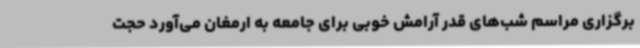
برگزاری مراسم شب‌های قدر آرامش خوبی برای جامعه به ارمغان می‌آورد حجت